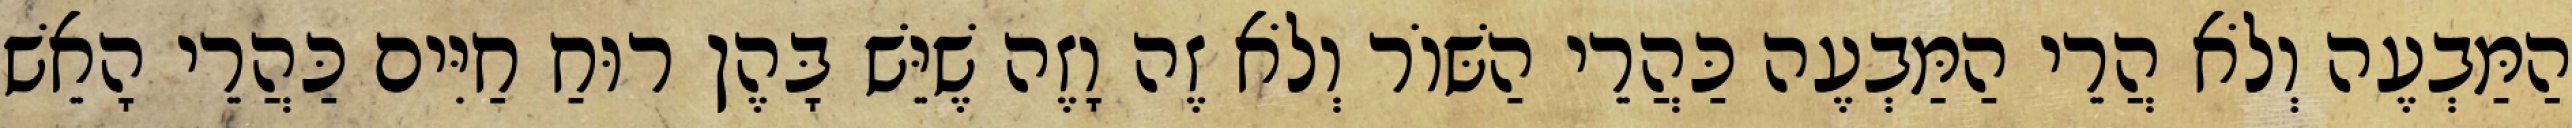
הַמַּבְעֶה וְלֹא הֲרֵי הַמַּבְעֶה כַּהֲרֵי הַשּׁוֹר וְלֹא זֶה וָזֶה שֶׁיֵּשׁ בָּהֶן רוּחַ חַיִּים כַּהֲרֵי הָאֵשׁ